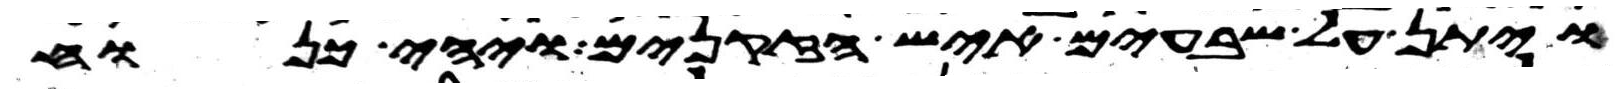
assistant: ויתן על שבעים איש הזקנים ויהי כנוח